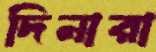
দিনারা